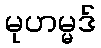
မုဟမ္မဒ်